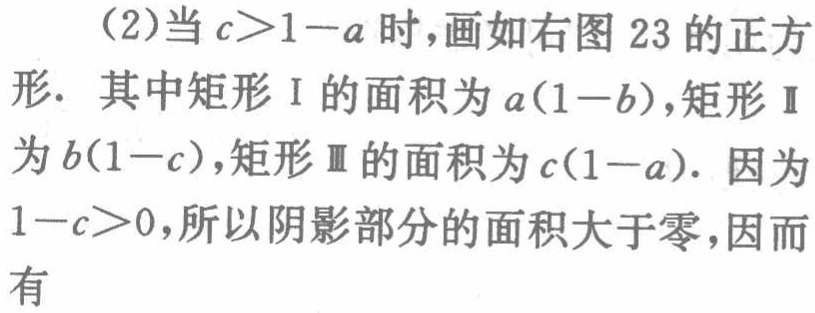
(2)当\(c > 1 - a\)时，画如右图23的正方形. 其中矩形I的面积为\(a(1 - b)\)，矩形II为\(b(1 - c)\)，矩形III的面积为\(c(1 - a)\). 因为\(1 - c>0\)，所以阴影部分的面积大于零，因而有